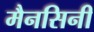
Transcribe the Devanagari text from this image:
मैनसिनी